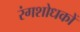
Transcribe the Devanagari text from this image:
रंगशोधकों